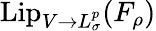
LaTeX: \mathrm{Lip}_{V\to L_{\sigma}^{p}}(F_{\rho})